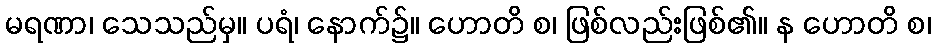
မရဏာ၊ သေသည်မှ။ ပရံ၊ နောက်၌။ ဟောတိ စ၊ ဖြစ်လည်းဖြစ်၏။ န ဟောတိ စ၊